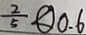
\frac { 2 } { 5 } \textcircled { < } 0 . 6